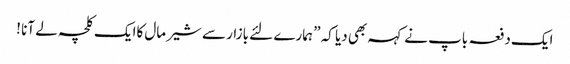
ایک دفعہ باپ نے کہہ بھی دیا کہ ” ہمارے لئے بازار سے شیر مال کاایک کلچہ لے آنا !